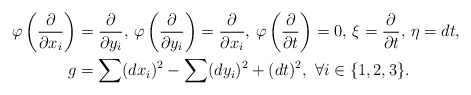
\begin{align*} \varphi\left(\frac{\partial}{\partial x_{i}}\right)&=\frac{\partial}{\partial y_{i}},\, \varphi\left(\frac{\partial}{\partial y_{i}}\right)=\frac{\partial}{\partial x_{i}},\, \varphi \left(\frac{\partial}{\partial t}\right)=0,\,\xi=\frac{\partial}{\partial t},\,\eta=dt, \\ g&=\sum(dx_{i})^{2}-\sum(dy_{i})^{2}+(dt)^{2},\ \forall i\in\{1,2,3\}. \end{align*}